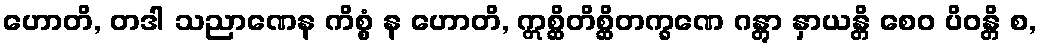
ဟောတိ, တဒါ သညာဏေန ကိစ္စံ န ဟောတိ, ဣစ္ဆိတိစ္ဆိတက္ခဏေ ဂန္တွာ နှာယန္တိ စေဝ ပိဝန္တိ စ,